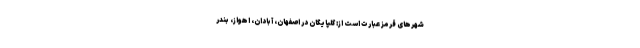
شهرهای قرمز عبارت است از: گلپایگان در اصفهان، آبادان، اهواز، بندر